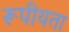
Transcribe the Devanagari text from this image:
रूपीयता